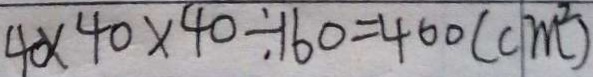
4 \times 4 0 \times 4 0 \div 1 6 0 = 4 0 0 ( c m ^ { 2 } )